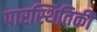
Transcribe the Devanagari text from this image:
पारस्थितिकी